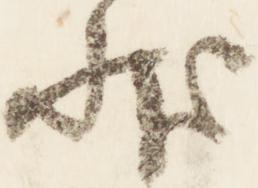
状